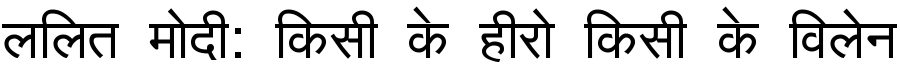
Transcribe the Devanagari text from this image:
ललित मोदी: किसी के हीरो किसी के विलेन